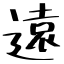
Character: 遠